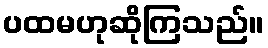
ပထမဟုဆိုကြသည်။